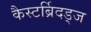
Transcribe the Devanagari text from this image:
कैस्टर्ब्रिदड्ज